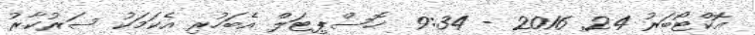
އޮކްޓޯބަރު 24